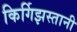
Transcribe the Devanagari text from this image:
किर्गिझस्तानी